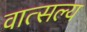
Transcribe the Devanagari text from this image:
वात्‍सल्‍य